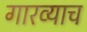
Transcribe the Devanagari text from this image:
गारव्याच